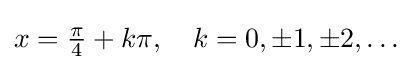
x={\tfrac {\pi }{4}}+k\pi ,\quad k=0,\pm 1,\pm 2,\ldots